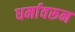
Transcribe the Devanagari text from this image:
धर्मावरून